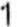
1